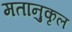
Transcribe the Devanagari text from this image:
मतानुकृल